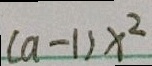
( a - 1 ) x ^ { 2 }